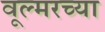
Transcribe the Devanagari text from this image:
वूल्मरच्या